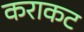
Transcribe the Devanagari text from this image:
कराकट